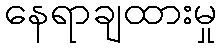
နေရာချထားမှု